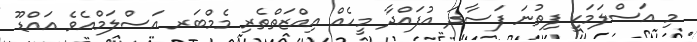
މި އަސްލަމަކީ ފިތުނަ ފަސާދަ އުފައްދާ މީހެއް އިއްޒަތްތެރި މެމްބަރ އަސްލަމްއެވެ އައްޑޫ